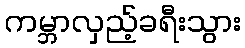
ကမ္ဘာလှည့်ခရီးသွား